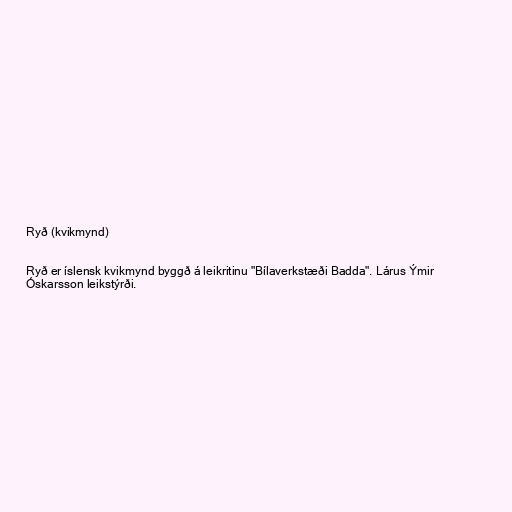
Ryð (kvikmynd)

Ryð er íslensk kvikmynd byggð á leikritinu "Bílaverkstæði Badda". Lárus Ýmir
Óskarsson leikstýrði.